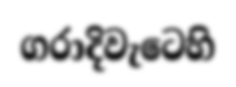
ගරාදිවැටෙහි